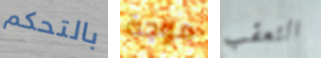
بالتحكم موجة التعقب